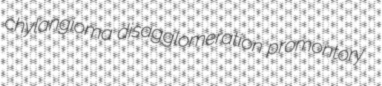
chylangioma disagglomeration promontory